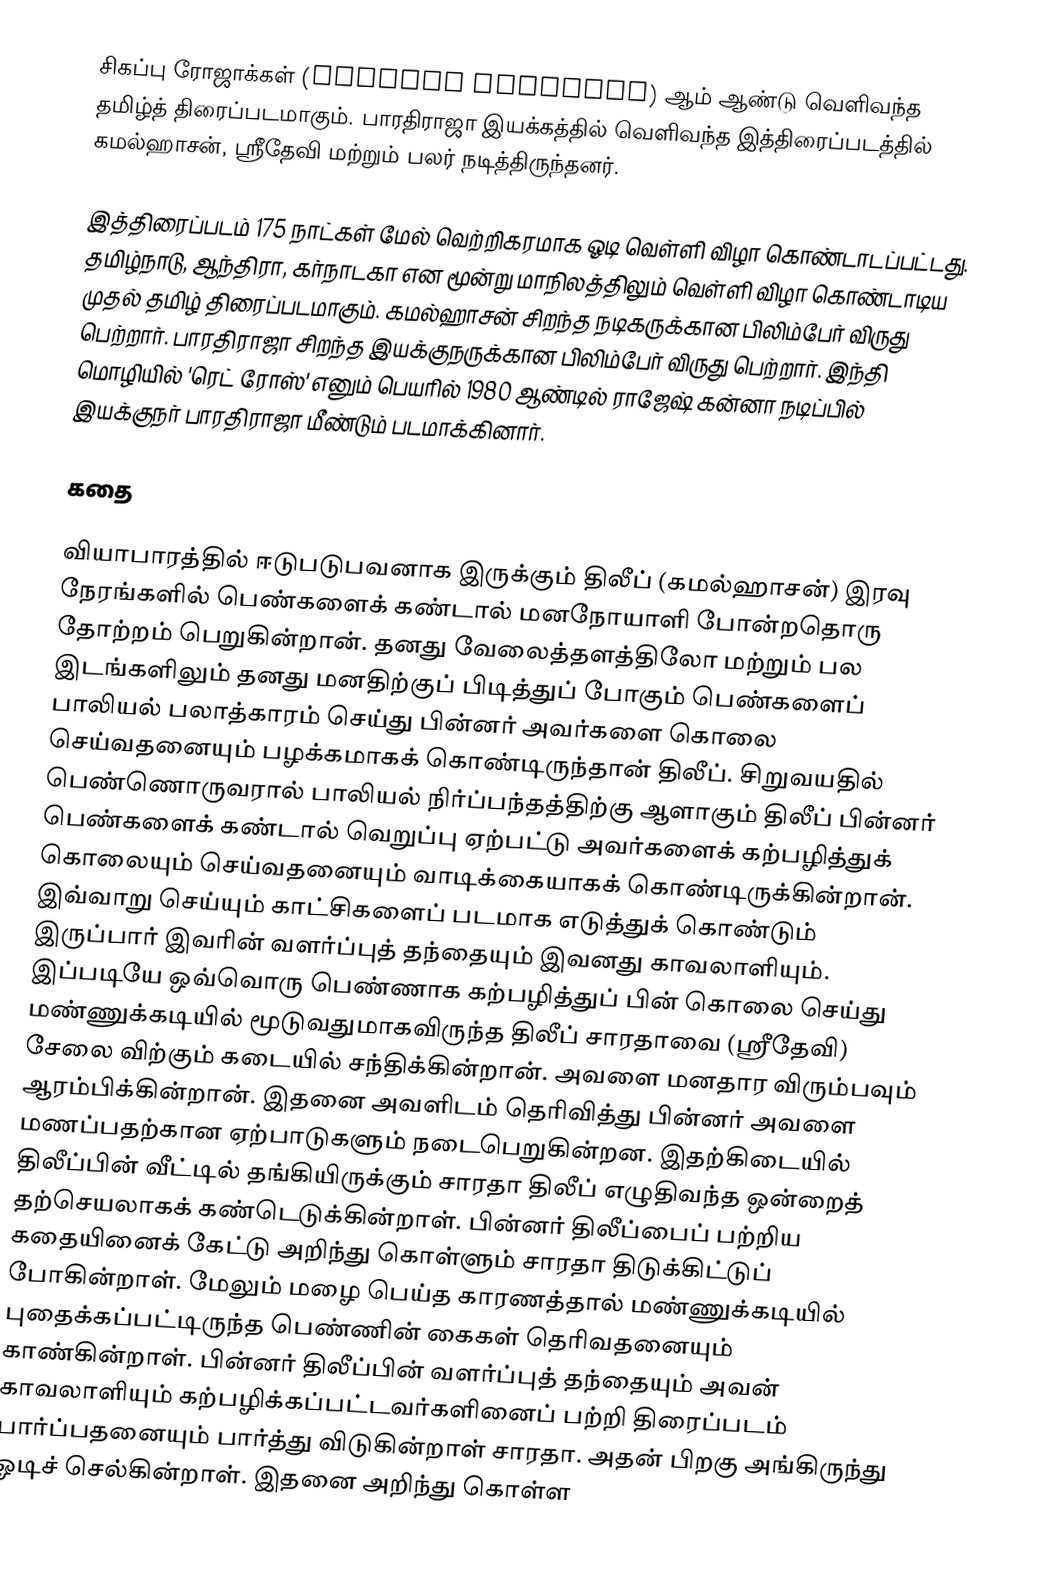
சிகப்பு ரோஜாக்கள் (Sigappu Rojakkal) ஆம் ஆண்டு வெளிவந்த தமிழ்த் திரைப்படமாகும். பாரதிராஜா இயக்கத்தில் வெளிவந்த இத்திரைப்படத்தில் கமல்ஹாசன், ஸ்ரீதேவி மற்றும் பலர் நடித்திருந்தனர்.

இத்திரைப்படம் 175 நாட்கள் மேல் வெற்றிகரமாக ஓடி வெள்ளி விழா கொண்டாடப்பட்டது. தமிழ்நாடு, ஆந்திரா, கர்நாடகா என மூன்று மாநிலத்திலும் வெள்ளி விழா கொண்டாடிய முதல் தமிழ் திரைப்படமாகும். கமல்ஹாசன் சிறந்த நடிகருக்கான பிலிம்பேர் விருது பெற்றார். பாரதிராஜா சிறந்த இயக்குநருக்கான பிலிம்பேர் விருது பெற்றார். இந்தி மொழியில் 'ரெட் ரோஸ்' எனும் பெயரில் 1980 ஆண்டில் ராஜேஷ் கன்னா நடிப்பில் இயக்குநர் பாரதிராஜா மீண்டும் படமாக்கினார்.

கதை

வியாபாரத்தில் ஈடுபடுபவனாக இருக்கும் திலீப் (கமல்ஹாசன்) இரவு நேரங்களில் பெண்களைக் கண்டால் மனநோயாளி போன்றதொரு தோற்றம் பெறுகின்றான். தனது வேலைத்தளத்திலோ மற்றும் பல இடங்களிலும் தனது மனதிற்குப் பிடித்துப் போகும் பெண்களைப் பாலியல் பலாத்காரம் செய்து பின்னர் அவர்களை கொலை செய்வதனையும் பழக்கமாகக் கொண்டிருந்தான் திலீப். சிறுவயதில் பெண்ணொருவரால் பாலியல் நிர்ப்பந்தத்திற்கு ஆளாகும் திலீப் பின்னர் பெண்களைக் கண்டால் வெறுப்பு ஏற்பட்டு அவர்களைக் கற்பழித்துக் கொலையும் செய்வதனையும் வாடிக்கையாகக் கொண்டிருக்கின்றான். இவ்வாறு செய்யும் காட்சிகளைப் படமாக எடுத்துக் கொண்டும் இருப்பார் இவரின் வளர்ப்புத் தந்தையும் இவனது காவலாளியும். இப்படியே ஒவ்வொரு பெண்ணாக கற்பழித்துப் பின் கொலை செய்து மண்ணுக்கடியில் மூடுவதுமாகவிருந்த திலீப் சாரதாவை (ஸ்ரீதேவி) சேலை விற்கும் கடையில் சந்திக்கின்றான். அவளை மனதார விரும்பவும் ஆரம்பிக்கின்றான். இதனை அவளிடம் தெரிவித்து பின்னர் அவளை மணப்பதற்கான ஏற்பாடுகளும் நடைபெறுகின்றன. இதற்கிடையில் திலீப்பின் வீட்டில் தங்கியிருக்கும் சாரதா திலீப் எழுதிவந்த ஒன்றைத் தற்செயலாகக் கண்டெடுக்கின்றாள். பின்னர் திலீப்பைப் பற்றிய கதையினைக் கேட்டு அறிந்து கொள்ளும் சாரதா திடுக்கிட்டுப் போகின்றாள். மேலும் மழை பெய்த காரணத்தால் மண்ணுக்கடியில் புதைக்கப்பட்டிருந்த பெண்ணின் கைகள் தெரிவதனையும் காண்கின்றாள். பின்னர் திலீப்பின் வளர்ப்புத் தந்தையும் அவன் காவலாளியும் கற்பழிக்கப்பட்டவர்களினைப் பற்றி திரைப்படம் பார்ப்பதனையும் பார்த்து விடுகின்றாள் சாரதா. அதன் பிறகு அங்கிருந்து ஓடிச் செல்கின்றாள். இதனை அறிந்து கொள்ள